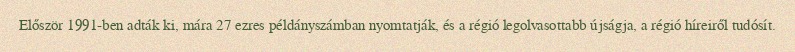
Először 1991-ben adták ki, mára 27 ezres példányszámban nyomtatják, és a régió legolvasottabb újságja, a régió híreiről tudósít.